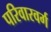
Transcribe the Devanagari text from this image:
परिवारवर्ग